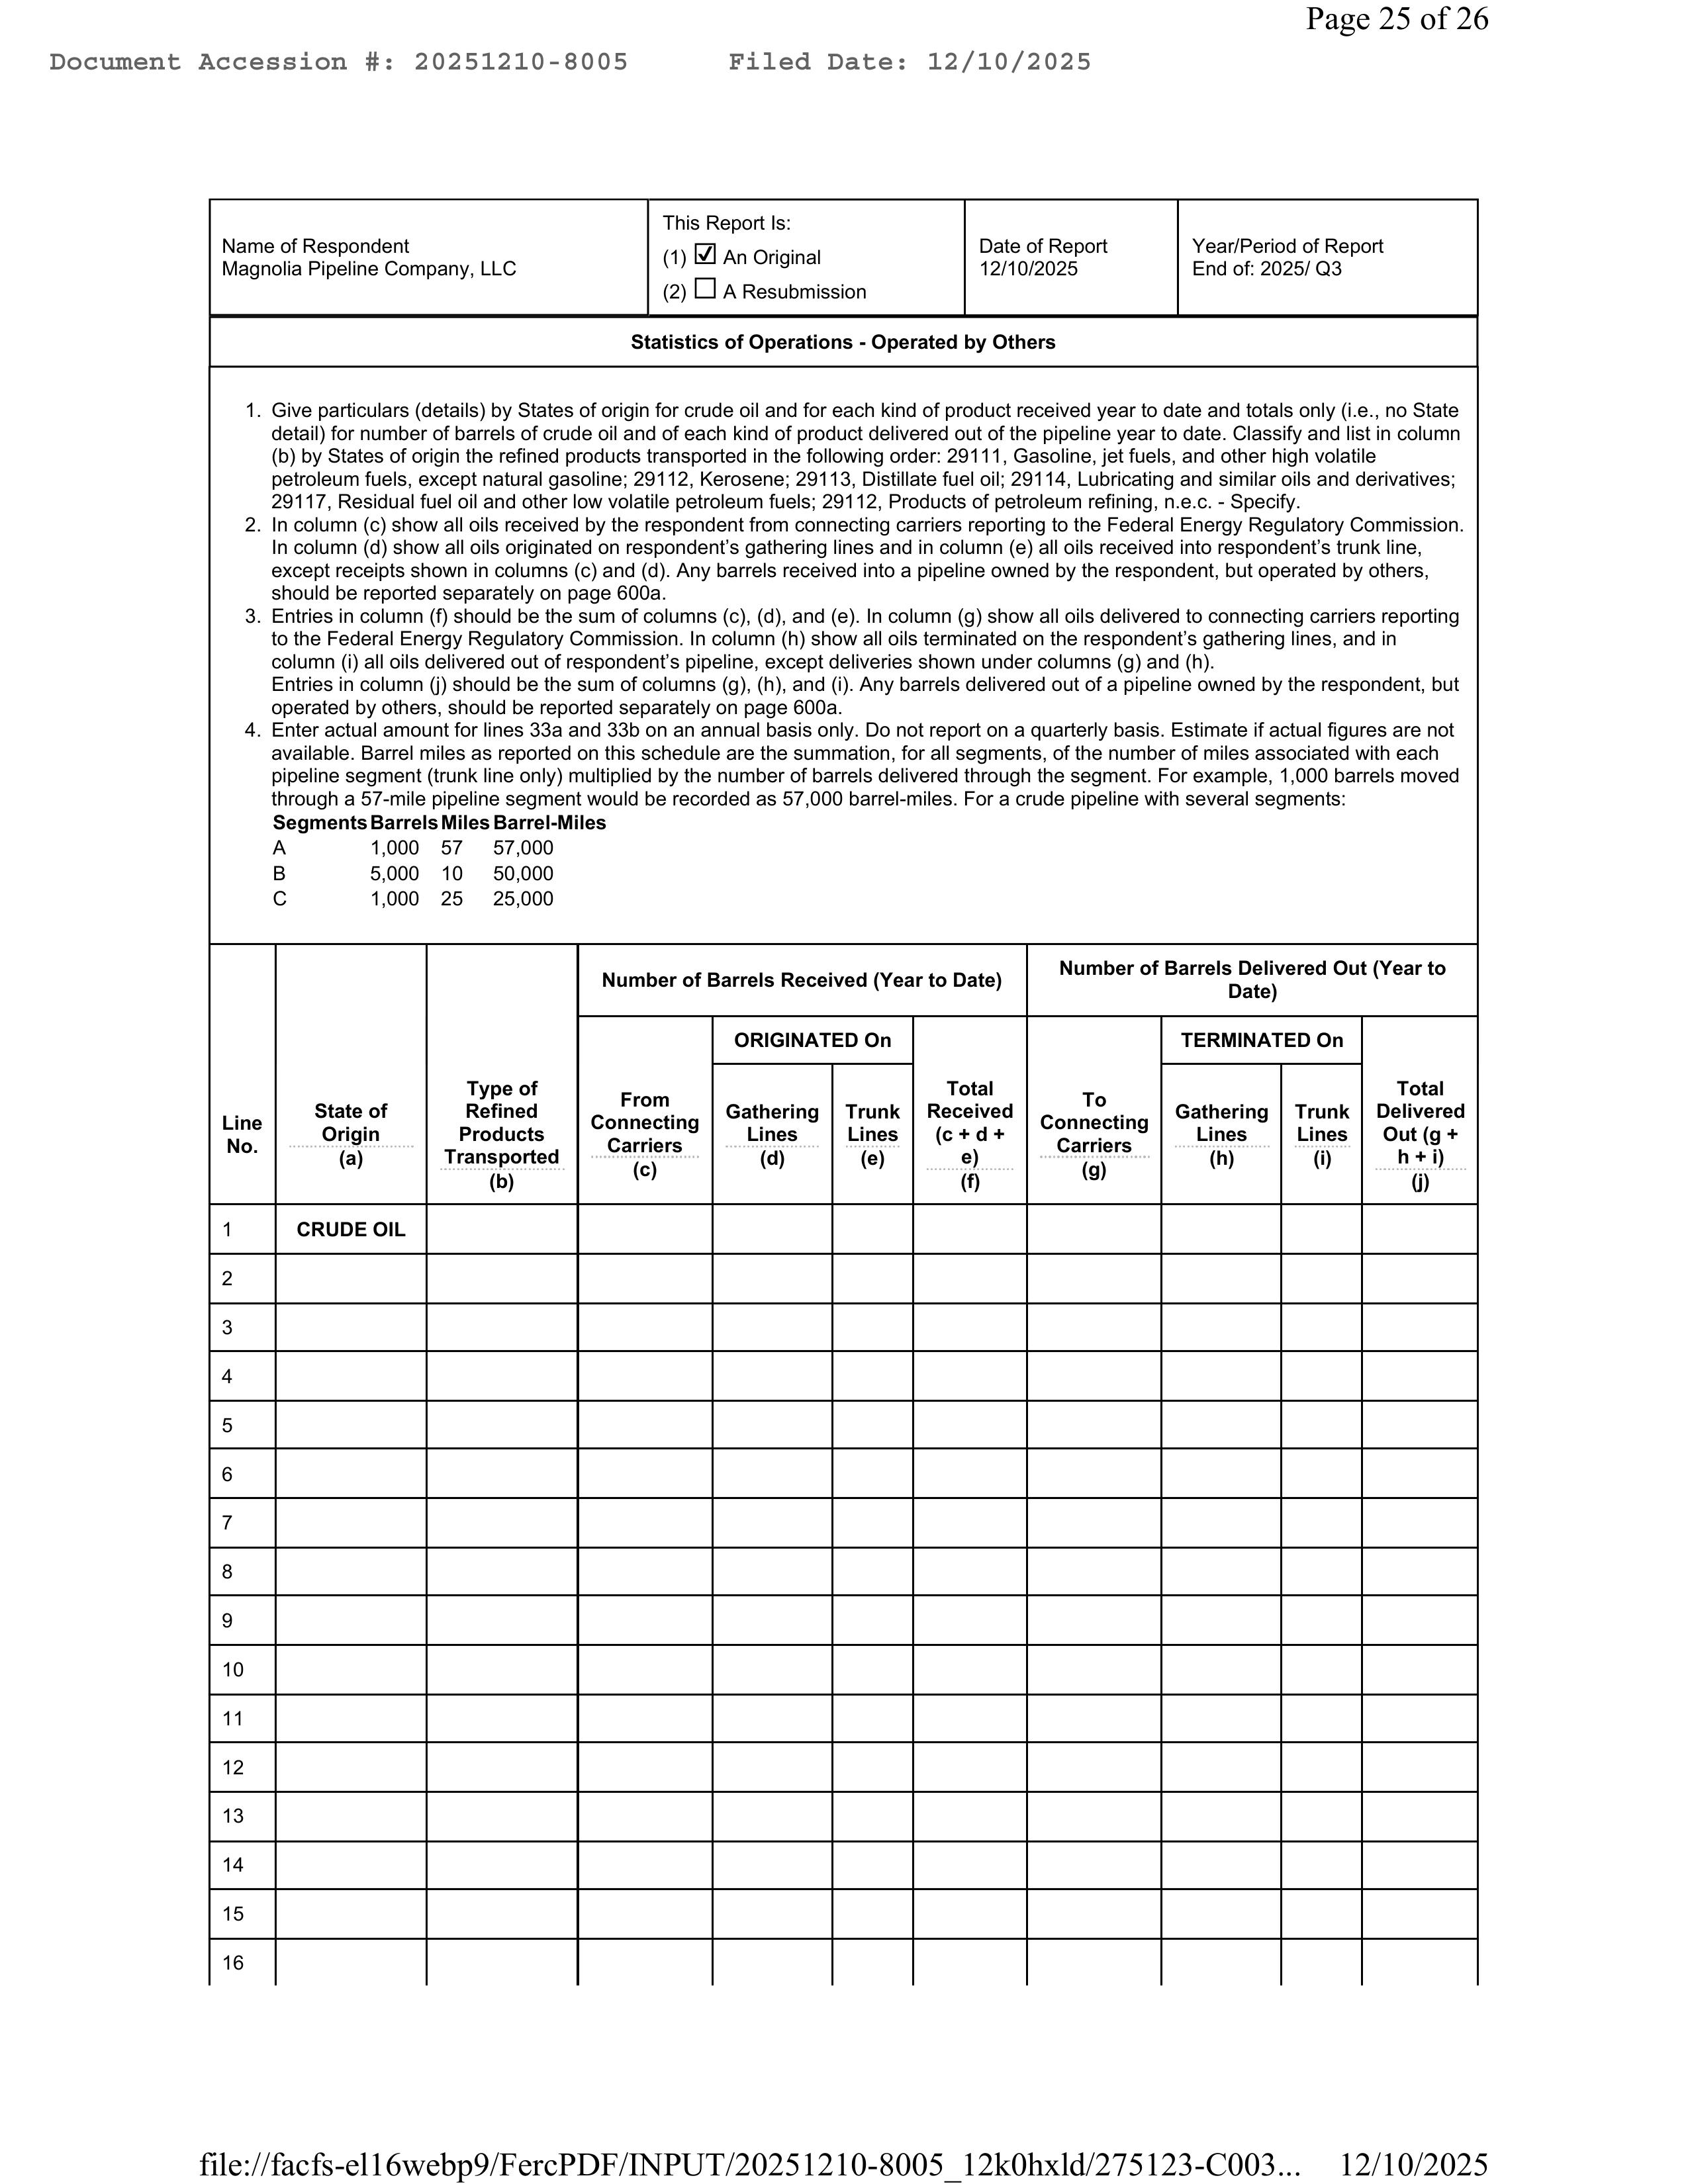
Page 25 of 26
Document Accession #: 20251210-8005       Filed Date: 12/10/2025

                                                                            This Report Is:
Name of Respondent                                                         (1) ☑ An Original
Magnolia Pipeline Company, LLC                                             (2) ☐ A Resubmission                Date of Report          Year/Period of Report
                                                                                                               12/10/2025              End of: 2025/ Q3

                                                          Statistics of Operations - Operated by Others

1. Give particulars (details) by States of origin for crude oil and for each kind of product received year to date and totals only (i.e., no State
   detail) for number of barrels of crude oil and of each kind of product delivered out of the pipeline year to date. Classify and list in column
   (b) by States of origin the refined products transported in the following order: 29111, Gasoline, jet fuels, and other high volatile
   petroleum fuels, except natural gasoline; 29112, Kerosene; 29113, Distillate fuel oil; 29114, Lubricating and similar oils and derivatives;
   29117, Residual fuel oil and other low volatile petroleum fuels; 29112, Products of petroleum refining, n.e.c.- Specify.
2. In column (c) show all oils received by the respondent from connecting carriers reporting to the Federal Energy Regulatory Commission.
   In column (d) show all oils originated on respondent's gathering lines and in column (e) all oils received into respondent's trunk line,
   except receipts shown in columns (c) and (d). Any barrels received into a pipeline owned by the respondent, but operated by others,
   should be reported separately on page 600a.
3. Entries in column (f) should be the sum of columns (c), (d), and (e). In column (g) show all oils delivered to connecting carriers reporting
   to the Federal Energy Regulatory Commission. In column (h) show all oils terminated on the respondent's gathering lines, and in
   column (i) all oils delivered out of respondent's pipeline, except deliveries shown under columns (g) and (h).
   Entries in column (j) should be the sum of columns (g), (h), and (i). Any barrels delivered out of a pipeline owned by the respondent, but
   operated by others, should be reported separately on page 600a.
4. Enter actual amount for lines 33a and 33b on an annual basis only. Do not report on a quarterly basis. Estimate if actual figures are not
   available. Barrel miles as reported on this schedule are the summation, for all segments, of the number of miles associated with each
   pipeline segment (trunk line only) multiplied by the number of barrels delivered through the segment. For example, 1,000 barrels moved
   through a 57-mile pipeline segment would be recorded as 57,000 barrel-miles. For a crude pipeline with several segments:
   Segments Barrels Miles Barrel-Miles
   A                1,000  57  57,000
   B                5,000  10  50,000
   C                1,000  25  25,000

                                                          Number of Barrels Received (Year to Date)              Number of Barrels Delivered Out (Year to
                                                                                                                                 Date)
                                                                          ORIGINATED On                                    TERMINATED On
                               Type of                     Gathering       Trunk        Total                    Gathering      Trunk          Total
Line          State of        Refined           From                                  Received       To                                      Delivered
              Origin         Products        Connecting     Lines          Lines      (c + d +    Connecting     Lines          Lines         Out (g +
No.            (a)         Transported        Carriers       (d)           (e)          e)        Carriers        (h)            (i)           h + i)
                               (b)              (c)                                     (f)          (g)                                        (j)

1           CRUDE OIL

2

3

4

5

6

7

8

9

10

11

12

13

14

15

16

file://facfs-el16webp9/FercPDF/INPUT/20251210-8005_12k0hxld/275123-C003...  12/10/2025